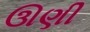
ઊણી